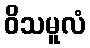
ဝိသမူလံ